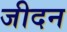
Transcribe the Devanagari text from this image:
जीदन